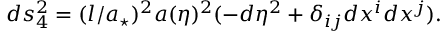
d s _ { 4 } ^ { 2 } = ( l / a _ { \star } ) ^ { 2 } a ( \eta ) ^ { 2 } ( - d \eta ^ { 2 } + \delta _ { i j } d x ^ { i } d x ^ { j } ) .